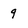
Character: 9